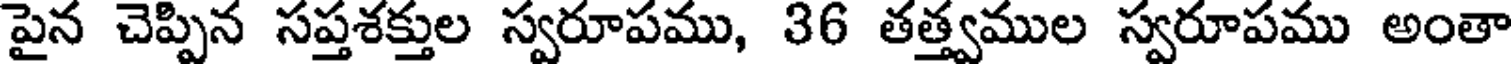
పైన చెప్పిన సప్తశక్తుల స్వరూపము, 36 తత్త్వముల స్వరూపము అంతా